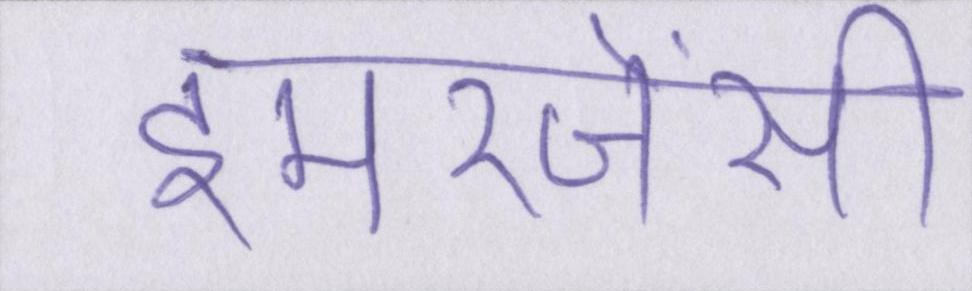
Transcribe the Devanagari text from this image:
इमरजेंसी